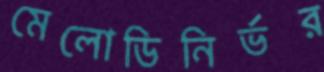
মেলোডিনির্ভর